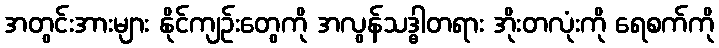
အတွင်းအားများ နိုင်ကျဉ်းတွေကို အလွန်သဒ္ဓါတရား အိုးတလုံးကို ရေစက်ကို